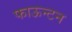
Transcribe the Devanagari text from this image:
फाऊन्टन